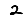
Digit: 2